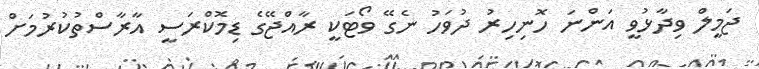
ޖަމީލް ވިދާޅުވީ އަންނަ ހޮނިހިރު ދުވަހު ނެގޭ ވޯޓަކީ ރާއްޖޭގެ ޑިމޮކްރަސީ އާރާސްތުކުރުމަށް